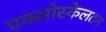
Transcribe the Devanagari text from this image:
एक्सोस्केलटन